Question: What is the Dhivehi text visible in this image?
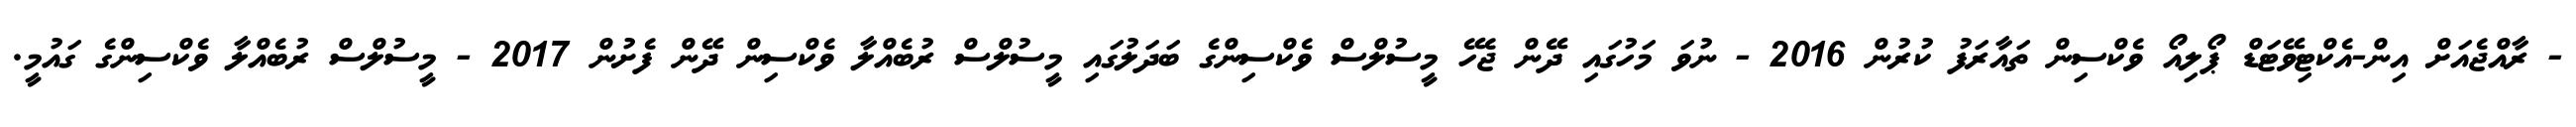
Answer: - ރާއްޖެއަށް އިން-އެކްޓިވޭޓަޑް ޕޯލިއޯ ވެކްސިން ތައާރަފު ކުރުން 2016 - ނުވަ މަހުގައި ދޭން ޖެހޭ މީސުލްސް ވެކްސިންގެ ބަދަލުގައި މީސުލްސް ރުބެއްލާ ވެކްސިން ދޭން ފެށުން 2017 - މީސުލްސް ރުބެއްލާ ވެކްސިންގެ ގައުމީ.